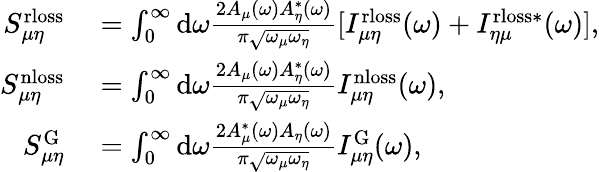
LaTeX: \begin{array}{rl}{S_{\mu\eta}^{\mathrm{rloss}}}&{{}=\int_{0}^{\infty}{\mathrm d}\omega\frac{2A_{\mu}(\omega)A_{\eta}^{*}(\omega)}{\pi\sqrt{\omega_{\mu}\omega_{\eta}}}[I_{\mu\eta}^{\mathrm{rloss}}(\omega)+I_{\eta\mu}^{\mathrm{rloss*}}(\omega)],}\\ {S_{\mu\eta}^{\mathrm{nloss}}}&{{}=\int_{0}^{\infty}{\mathrm d}\omega\frac{2A_{\mu}(\omega)A_{\eta}^{*}(\omega)}{\pi\sqrt{\omega_{\mu}\omega_{\eta}}}I_{\mu\eta}^{\mathrm{nloss}}(\omega),}\\ {S_{\mu\eta}^{\mathrm{G}}}&{{}=\int_{0}^{\infty}{\mathrm d}\omega\frac{2A_{\mu}^{*}(\omega)A_{\eta}(\omega)}{\pi\sqrt{\omega_{\mu}\omega_{\eta}}}I_{\mu\eta}^{\mathrm{G}}(\omega),}\end{array}